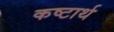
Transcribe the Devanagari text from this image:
कष्टार्थ